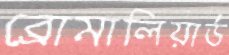
ব্রোমালিয়ার্ড